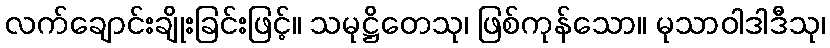
လက်ချောင်းချိုးခြင်းဖြင့်။ သမုဋ္ဌိတေသု၊ ဖြစ်ကုန်သော။ မုသာဝါဒါဒီသု၊